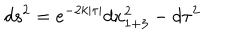
d s ^ { 2 } = e ^ { - 2 k | \tau | } d x _ { 1 + 3 } ^ { 2 } - d \tau ^ { 2 }